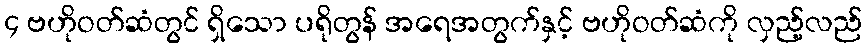
၄ ဗဟိုဝတ်ဆံတွင် ရှိသော ပရိုတွန် အရေအတွက်နှင့် ဗဟိုဝတ်ဆံကို လှည့်လည်